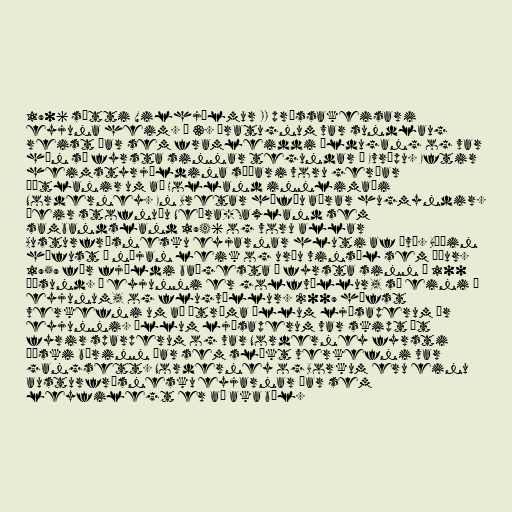
1906 sótti Vilhjálmur II prússakeisari
eyjuna heim. Á 3. áratugnum var sundlaug
reist þar sem framleiddi öldugang og var
hún sú fyrsta sinnar tegundar í Evrópu. Eftir
heimstyrjöldina síðari voru gerðar
áætlanir um að Holland innlimaði
Norderney. En Bretar höfðu aðrar hugmyndir.
Þeir stofnuðu Neðra-Saxland sem
sambandsland 1946 og voru allar
Austurfrísnesku eyjarnar hluti af því. Böðin
hófust á nýjan leik og urðu vinsæl sem áður.
1959 fór fjöldi baðgesta í fyrsta sinn í 100
þúsund. Á eyjunni er golfvöllur, sá eini á
eyjunum, og flugvöllur. 2009 hófst
verkefni um að útrýma öllum ljósaperum úr
eyjunni. Öllum ljósaperum var skipt út
fyrir sparperum og var Norderney fyrsti
þýski bærinn þar sem slíkt verkefni var
gangsett. Norderney og Borkum eru einu
austurfrísnesku eyjarnar þar sem
leyfilegt er að aka bíl.